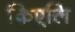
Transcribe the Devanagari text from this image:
किएलि